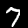
Label: 7